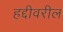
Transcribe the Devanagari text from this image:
हद्दीवरील